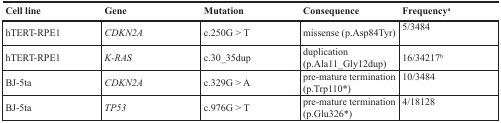
<table><thead><tr><td><b>Cell line</b></td><td><b>Gene</b></td><td><b>Mutation</b></td><td><b>Consequence</b></td><td><b>Frequency<sup>a</sup></b></td></tr></thead><tbody><tr><td>hTERT-RPE1</td><td><i>CDKN2A</i></td><td>c.250G &gt; T</td><td>missense (p.Asp84Tyr)</td><td>5/3484</td></tr><tr><td>hTERT-RPE1</td><td><i>K-RAS</i></td><td>c.30_35dup</td><td>duplication(p.Ala11_Gly12dup)</td><td>16/34217<sup>b</sup></td></tr><tr><td>BJ-5ta</td><td><i>CDKN2A</i></td><td>c.329G &gt; A</td><td>pre-mature termination(p.Trp110*)</td><td>10/3484</td></tr><tr><td>BJ-5ta</td><td><i>TP53</i></td><td>c.976G &gt; T</td><td>pre-mature termination(p.Glu326*)</td><td>4/18128</td></tr></tbody></table>